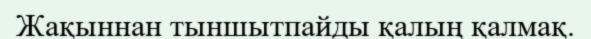
Жақыннан тыншытпайды қалың қалмақ.